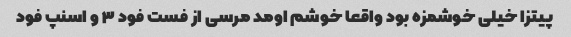
پیتزا خیلی خوشمزه بود واقعا خوشم اومد مرسی از فست فود ۳ و اسنپ فود